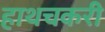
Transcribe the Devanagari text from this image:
हाथचकरी